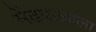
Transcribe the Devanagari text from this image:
मेंढपाळाला